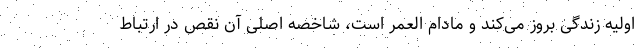
اولیه زندگی بروز می‌کند و مادام العمر است، شاخصه اصلی آن نقص در ارتباط